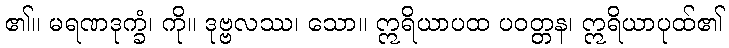
၏။ မရဏဒုက္ခံ၊ ကို။ ဒုဗ္ဗလဿ၊ သော။ ဣရိယာပထ ပဝတ္တန၊ ဣရိယာပုထ်၏